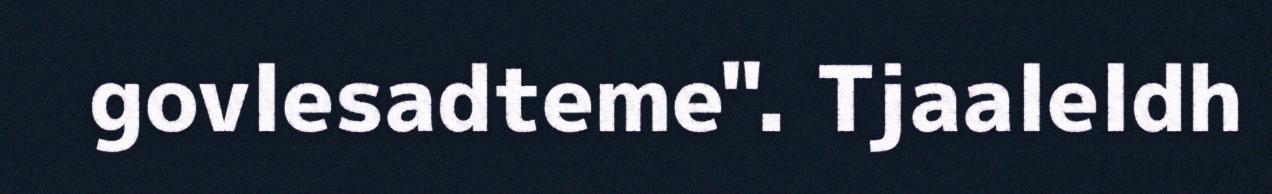
govlesadteme". Tjaaleldh